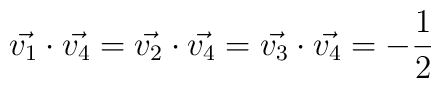
\vec{v_{1}} \cdot \vec{v_{4}}=\vec{v_{2}} \cdot \vec{v_{4}}= \vec{v_{3}} \cdot \vec{v_{4}}= -\frac{1}{2}